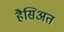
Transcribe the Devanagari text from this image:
हैसिअत